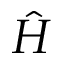
\hat { H }